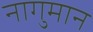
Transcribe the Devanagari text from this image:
नागुमान